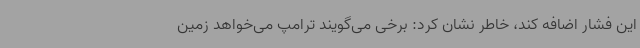
این فشار اضافه کند، خاطر نشان کرد: برخی می‌گویند ترامپ می‌خواهد زمین